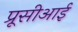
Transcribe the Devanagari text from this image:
प्रूसीआई